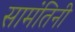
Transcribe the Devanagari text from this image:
सामंतिनी